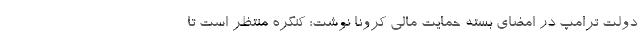
دولت ترامپ در امضای بسته حمایت مالی کرونا نوشت: کنگره منتظر است تا